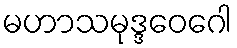
မဟာသမုဒ္ဒဝေဂေါ